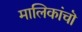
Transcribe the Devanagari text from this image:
मालिकांचॊ